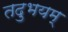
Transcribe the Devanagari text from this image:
तदुभयम्